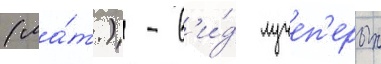
(ла́т.) - в'и́д лучеп'ерых